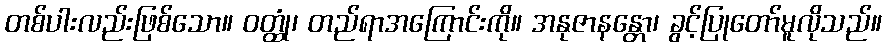
တစ်ပါးလည်းဖြစ်သော။ ဝတ္ထုံ၊ တည်ရာအကြောင်းကို။ အနုဇာနန္တော၊ ခွင့်ပြုတော်မူလိုသည်။